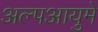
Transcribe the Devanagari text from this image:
अल्पआयुमे